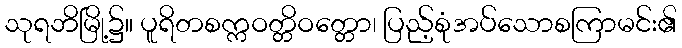
သုရဘိမြို့၌။ ပူရိတစက္ကဝတ္တိဝတ္တော၊ ပြည့်စုံအပ်သောစကြာမင်း၏